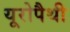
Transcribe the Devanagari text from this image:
यूरोपैथी